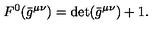
{ } F ^ { 0 } ( \bar { g } ^ { \mu \nu } ) = \det ( \bar { g } ^ { \mu \nu } ) + 1 .